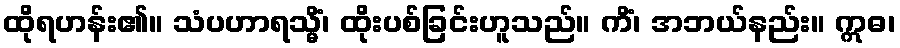
ထိုရဟန်း၏။ သံပဟာရသ္မိံ၊ ထိုးပစ်ခြင်းဟူသည်။ ကိံ၊ အဘယ်နည်း။ ဣဓ၊